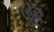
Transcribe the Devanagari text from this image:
पु्ष्टि